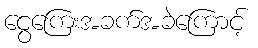
ငွေကြေးအခက်အခဲကြောင့်